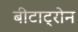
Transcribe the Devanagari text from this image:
बीटाट्रोन